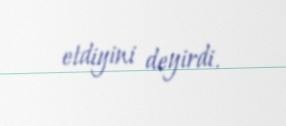
etdiyini deyirdi.